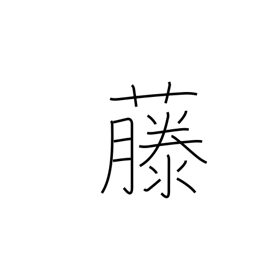
Meaning: wisteria